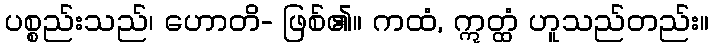
ပစ္စည်းသည်၊ ဟောတိ- ဖြစ်၏။ ကထံ, ဣတ္ထံ ဟူသည်တည်း။